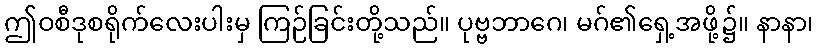
ဤဝစီဒုစရိုက်လေးပါးမှ ကြဉ်ခြင်းတို့သည်။ ပုဗ္ဗဘာဂေ၊ မဂ်၏ရှေ့အဖို့၌။ နာနာ၊